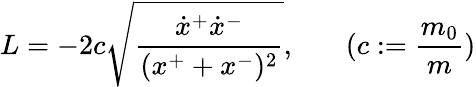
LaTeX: L=-2c\sqrt{\frac{\dot{x}^{+}\dot{x}^{-}}{(x^{+}+x^{-})^{2}}},~~~~~~~(c:=\frac{m_{0}}{m})